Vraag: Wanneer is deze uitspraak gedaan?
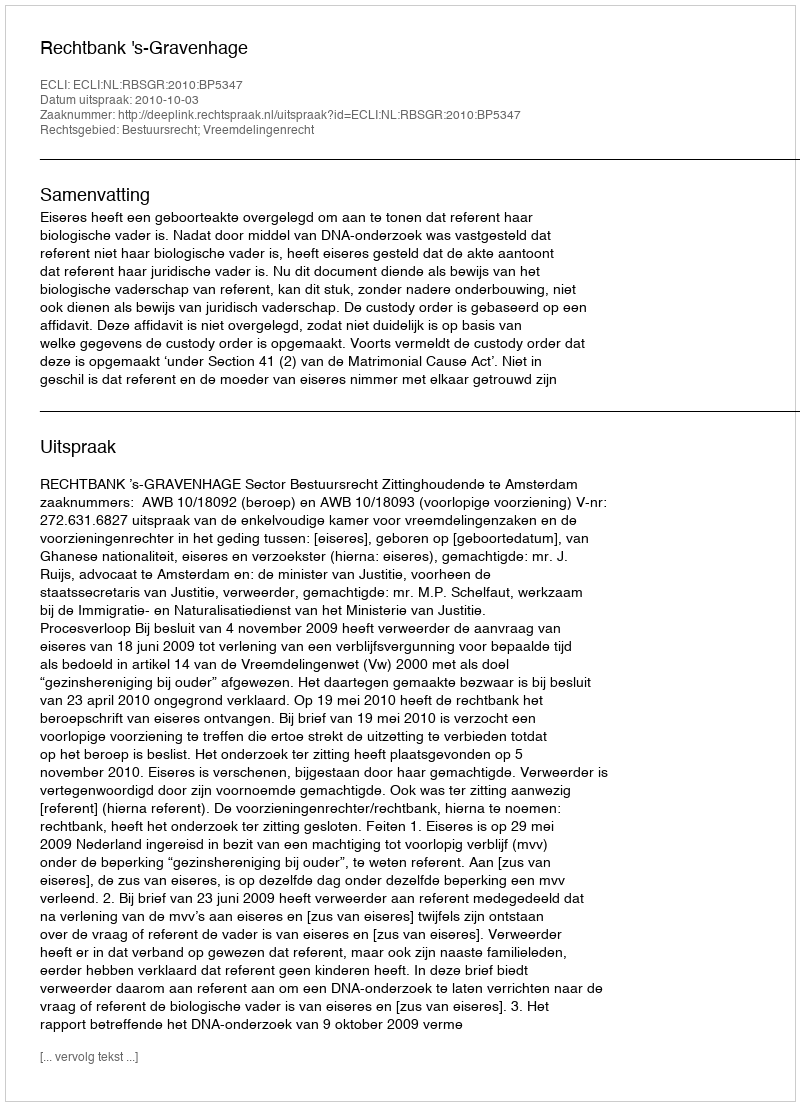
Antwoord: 2010-10-03